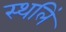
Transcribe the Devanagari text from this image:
स्थलिं